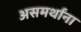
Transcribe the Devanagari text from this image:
असमर्थांना